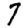
Digit: 7